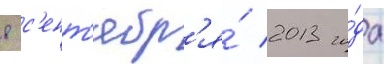
8 с'ент'ябр'я́ 2013 го́да